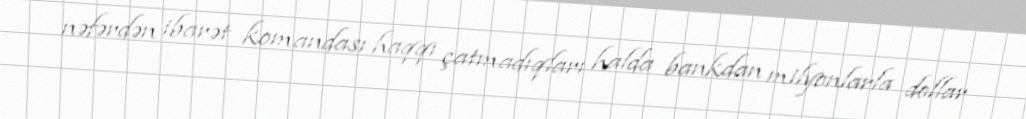
nəfərdən ibarət komandası haqqı çatmadıqları halda bankdan milyonlarla dollar